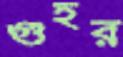
গুহর